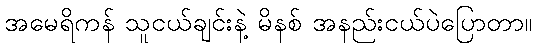
အမေရိကန် သူငယ်ချင်းနဲ့ မိနစ် အနည်းငယ်ပဲပြောတာ။